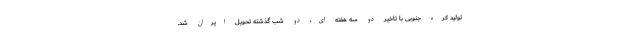
تولید کره جنوبی با تاخیر دو سه هفته ای، دو شب گذشته تحویل ایران شد.